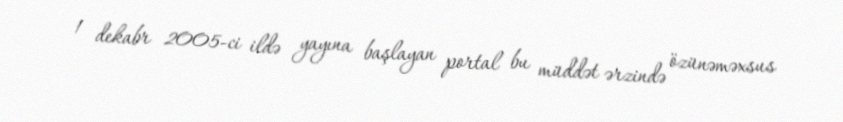
1 dekabr 2005-ci ildə yayına başlayan portal bu müddət ərzində özünəməxsus